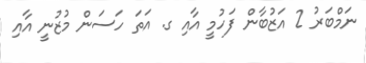
ނަމްބަރު 2 އަޒުބާން ފަހުމީ އާއި ގ. އަތަ ހަސަން މުޒުނީ އާއި